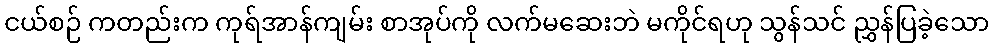
ငယ်စဉ် ကတည်းက ကုရ်အာန်ကျမ်း စာအုပ်ကို လက်မဆေးဘဲ မကိုင်ရဟု သွန်သင် ညွှန်ပြခဲ့သော